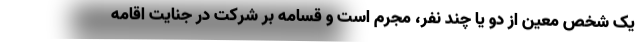
یک شخص معین از دو یا چند نفر، مجرم است و قسامه بر شرکت در جنایت اقامه